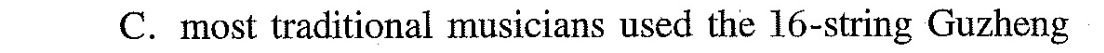
C. most traditional musicians used the l6-string Guzheng